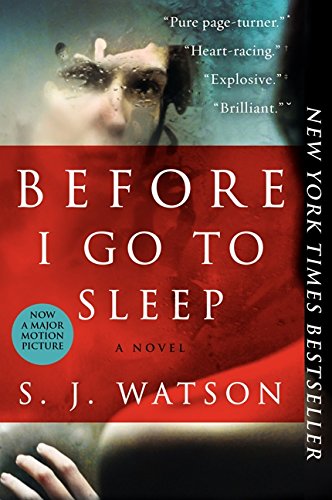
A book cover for Before I Go to Sleep: A Novel; S. J. Watson; Mystery, Thriller & Suspense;